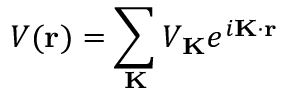
V ( \mathbf { r } ) = \sum _ { \mathbf { K } } { V _ { \mathbf { K } } e ^ { i \mathbf { K } \cdot \mathbf { r } } }